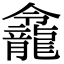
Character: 𪚙